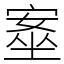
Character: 㝧